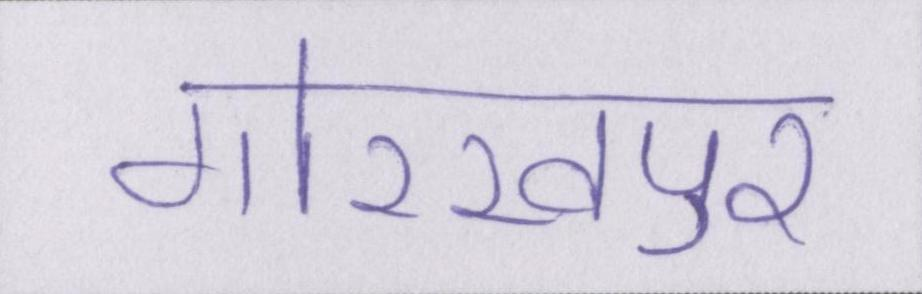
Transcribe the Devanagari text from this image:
गोरखपुर